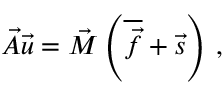
\vec { A } \vec { u } = \vec { M } \left( \overline { { \vec { f } } } + \vec { s } \right) \, ,